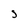
Character: s